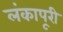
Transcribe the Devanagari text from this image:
लंकापूरी